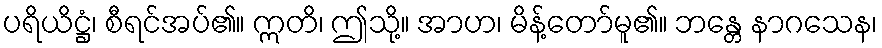
ပရိယိဋ္ဌံ၊ စီရင်အပ်၏။ ဣတိ၊ ဤသို့။ အာဟ၊ မိန့်တော်မူ၏။ ဘန္တေ နာဂသေန၊